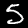
Label: 5